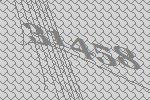
31458